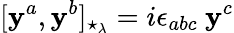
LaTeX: [\mathbf{y}^{a},\mathbf{y}^{b}]_{\star_{\lambda}}=i\epsilon_{abc}\ \mathbf{y}^{c}